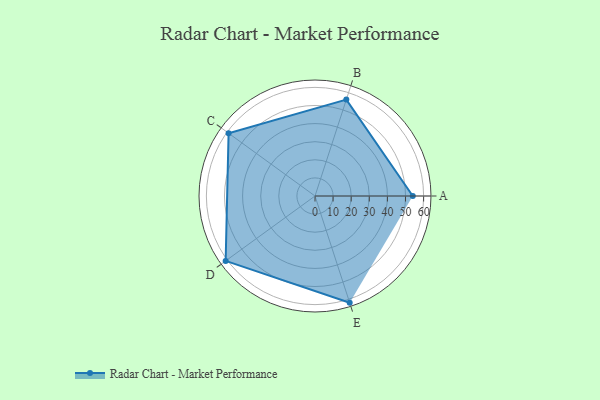
{"axis": {"x": "Skill", "y": "Score"}, "legend": ["Profile"], "data": [{"x": "A", "y": 54.0, "type": "Profile"}, {"x": "B", "y": 56.0, "type": "Profile"}, {"x": "C", "y": 59.0, "type": "Profile"}, {"x": "D", "y": 61.0, "type": "Profile"}, {"x": "E", "y": 62.0, "type": "Profile"}]}